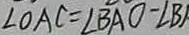
\angle O A C = \angle B A O - \angle B